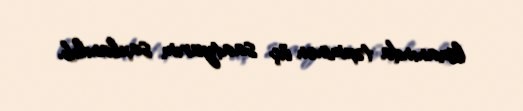
limanında təxminən üç saatyarım saxlanılıb.